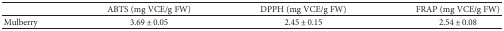
<table><thead><tr><td></td><td><b>ABTS (mg VCE/g FW)</b></td><td><b>DPPH (mg VCE/g FW)</b></td><td><b>FRAP (mg VCE/g FW)</b></td></tr></thead><tbody><tr><td>Mulberry</td><td>3.69 ± 0.05</td><td>2.45 ± 0.15</td><td>2.54 ± 0.08</td></tr></tbody></table>